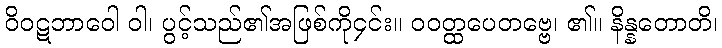
ဝိဝဋဘာဝေါ ဝါ၊ ပွင့်သည်၏အဖြစ်ကို၄င်း။ ဝဝတ္ထပေတဗ္ဗေ၊ ၏။ နိန္နတောတိ၊